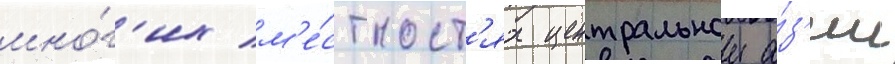
мно́г'их м'е́стност'ях центральнои а́з'ии